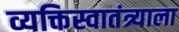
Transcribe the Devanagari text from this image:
व्यक्तिस्वातंत्र्याला